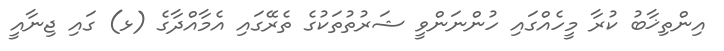
އިންތިޚާބު ކުރާ މީހެއްގައި ހުންނަންވީ ޝަރުތުތަކުގެ ތެރޭގައި އެމާއްދާގެ (ޅ) ގައި ޖިނާއީ